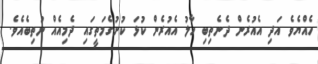
ހެއްޔެވެ އަދި އެއުރެން ދެނެތިބި ހާލު އެއުރެން ކުޅަ ކުށުގެމަތީގައި ދެމިއެއް ނުތިބެއެވެ.